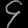
Digit: ၄